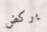
يركض